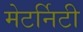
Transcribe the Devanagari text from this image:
मेटर्निटी